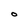
Character: O